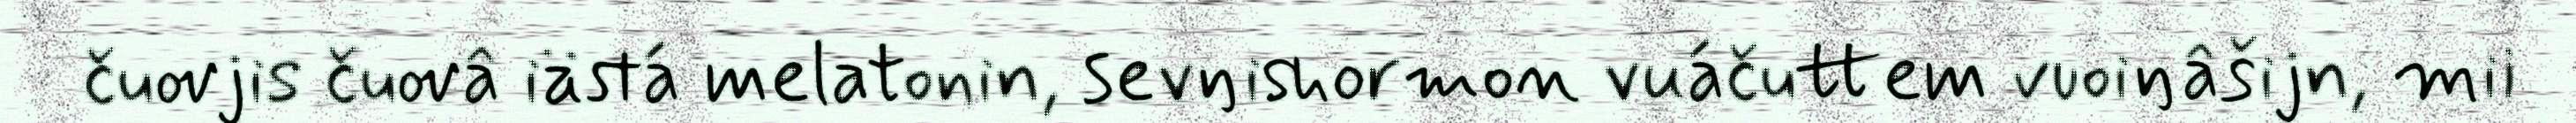
čuovjis čuovâ iästá melatonin, sevŋishormon vuáčuttem vuoiŋâšijn, mii